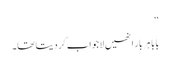
‘‘
بابا ہر بار انھیں لاجواب کر دیتا تھا۔